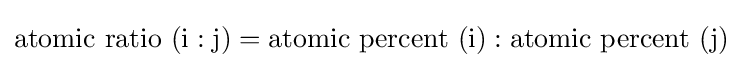
\mathrm {atomic\ ratio} \ (\mathrm {i:j} )=\mathrm {atomic\ percent} \ (\mathrm {i} ):\mathrm {atomic\ percent} \ (\mathrm {j} )\